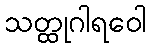
သတ္ထုဂါရဝေါ